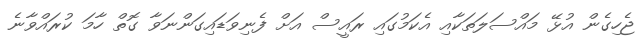
ޖެހިގެން އުޅޭ މައްސަލަތަކާއި އެކަމުގައި ރައީސް އަށް ފެނިވަޑައިގަންނަވާ ގޮތް ހާމަ ކުރައްވާނެ